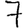
Digit: 7